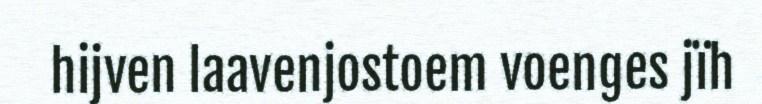
hijven laavenjostoem voenges jïh